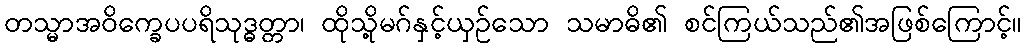
တသ္မာအဝိက္ခေပပရိသုဒ္ဓတ္တာ၊ ထိုသို့မဂ်နှင့်ယှဉ်သော သမာဓိ၏ စင်ကြယ်သည်၏အဖြစ်ကြောင့်။